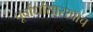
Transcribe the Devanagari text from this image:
पूर्वार्धासारखाच